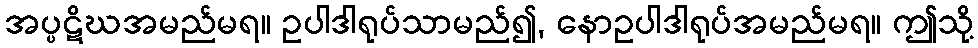
အပ္ပဋိဃအမည်မရ။ ဥပါဒါရုပ်သာမည်၍, နောဥပါဒါရုပ်အမည်မရ။ ဤသို့